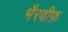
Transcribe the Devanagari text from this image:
भैरवीफ़